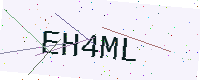
Text: EH4ML